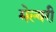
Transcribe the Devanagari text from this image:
मेल्बरी